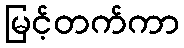
မြင့်တက်ကာ